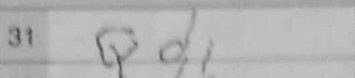
Transcription: Qd1